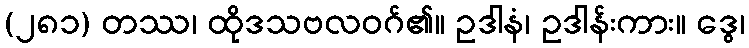
(၂၈၁) တဿ၊ ထိုဒသဗလဝဂ်၏။ ဥဒါနံ၊ ဥဒါန်းကား။ ဒွေ၊